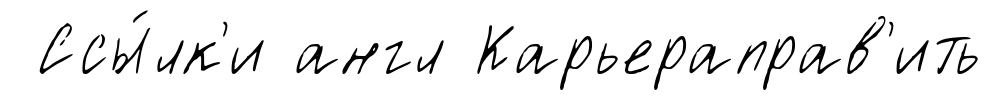
Ссы́лк'и англ Карьераправ'ить